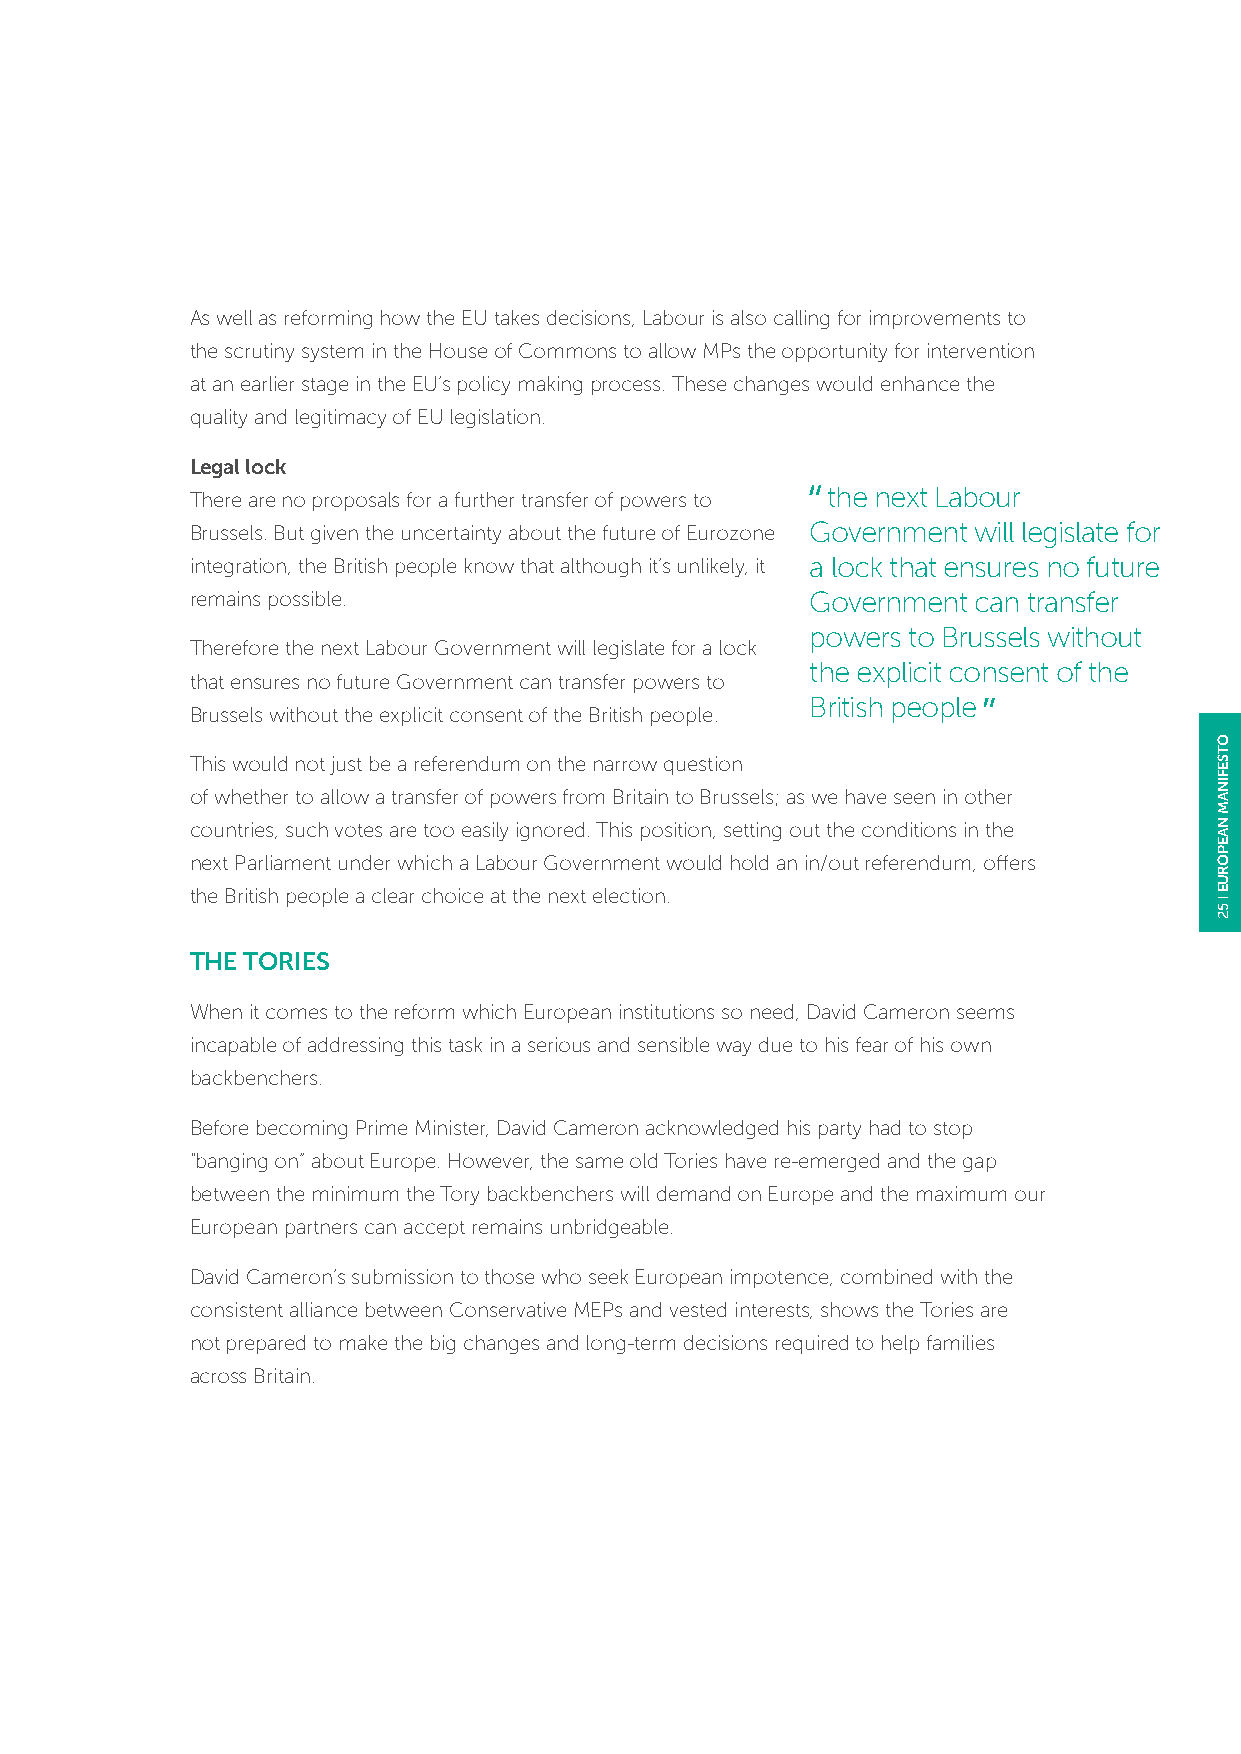
As well as reforming how the EU takes decisions, Labour is also calling for improvements to
 the scrutiny system in the House of Commons to allow MPs the opportunity for intervention
 at an earlier stage in the EU’s policy making process. These changes would enhance the
 quality and legitimacy of EU legislation.
 Legal lock
 There are no proposals for a further transfer of powers to the next Labour
 Brussels. But given the uncertainty about the future of Eurozone Government will legislate for
 integration, the British people know that although it’s unlikely, it a lock that ensures no future
 remains possible.                        Government can transfer
 powers to Brussels without
 Therefore the next Labour Government will legislate for a lock
 the explicit consent of the
 that ensures no future Government can transfer powers to
 British people
 Brussels without the explicit consent of the British people.
 This would not just be a referendum on the narrow question
 of whether to allow a transfer of powers from Britain to Brussels; as we have seen in other
 countries, such votes are too easily ignored. This position, setting out the conditions in the
 next Parliament under which a Labour Government would hold an in/out referendum, offers
 the British people a clear choice at the next election.
 THE TORIES
 When it comes to the reform which European institutions so need, David Cameron seems
 incapable of addressing this task in a serious and sensible way due to his fear of his own
 backbenchers.
 Before becoming Prime Minister, David Cameron acknowledged his party had to stop
 “banging on” about Europe. However, the same old Tories have re-emerged and the gap
 between the minimum the Tory backbenchers will demand on Europe and the maximum our
 European partners can accept remains unbridgeable.
 David Cameron’s submission to those who seek European impotence, combined with the
 consistent alliance between Conservative MEPs and vested interests, shows the Tories are
 not prepared to make the big changes and long-term decisions required to help families
 across Britain.
 OTSEFINAM
 NAEPORUE
 52